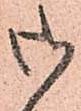
御